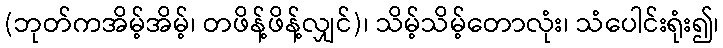
(ဘုတ်ကအိမ့်အိမ့်၊ တဖိန့်ဖိန့်လျှင်)၊ သိမ့်သိမ့်တောလုံး၊ သံပေါင်းရုံး၍၊